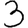
Digit: 3